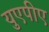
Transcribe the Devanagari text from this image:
युएपीए